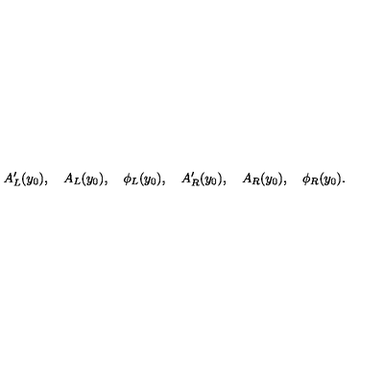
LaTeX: A _ { L } ^ { \prime } ( y _ { 0 } ) , \quad A _ { L } ( y _ { 0 } ) , \quad \phi _ { L } ( y _ { 0 } ) , \quad A _ { R } ^ { \prime } ( y _ { 0 } ) , \quad A _ { R } ( y _ { 0 } ) , \quad \phi _ { R } ( y _ { 0 } ) .